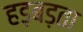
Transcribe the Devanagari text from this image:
हड़बड़ता